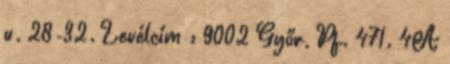
u. 28-32. Levélcím : 9002 Győr, Pf. 471. 4A